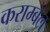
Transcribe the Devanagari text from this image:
कराम्बेल